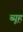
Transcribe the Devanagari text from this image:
ब्यूह